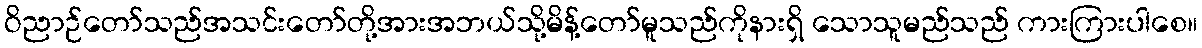
ဝိညာဉ်တော်သည်အသင်းတော်တို့အားအဘယ်သို့မိန့်တော်မူသည်ကိုနားရှိ သောသူမည်သည် ကားကြားပါစေ။